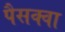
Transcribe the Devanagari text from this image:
पैसक्वा